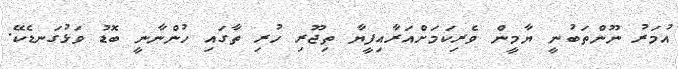
އުމަރު ނޫންތަބުނީ ޔާމީން ވެރިކަމަށްއަރާއިފީޔާ ތިޖޫރި ހުރި ތާގައި ހުންނާނީ ބޮޑު ވަޅުގަނޑެކޭ.